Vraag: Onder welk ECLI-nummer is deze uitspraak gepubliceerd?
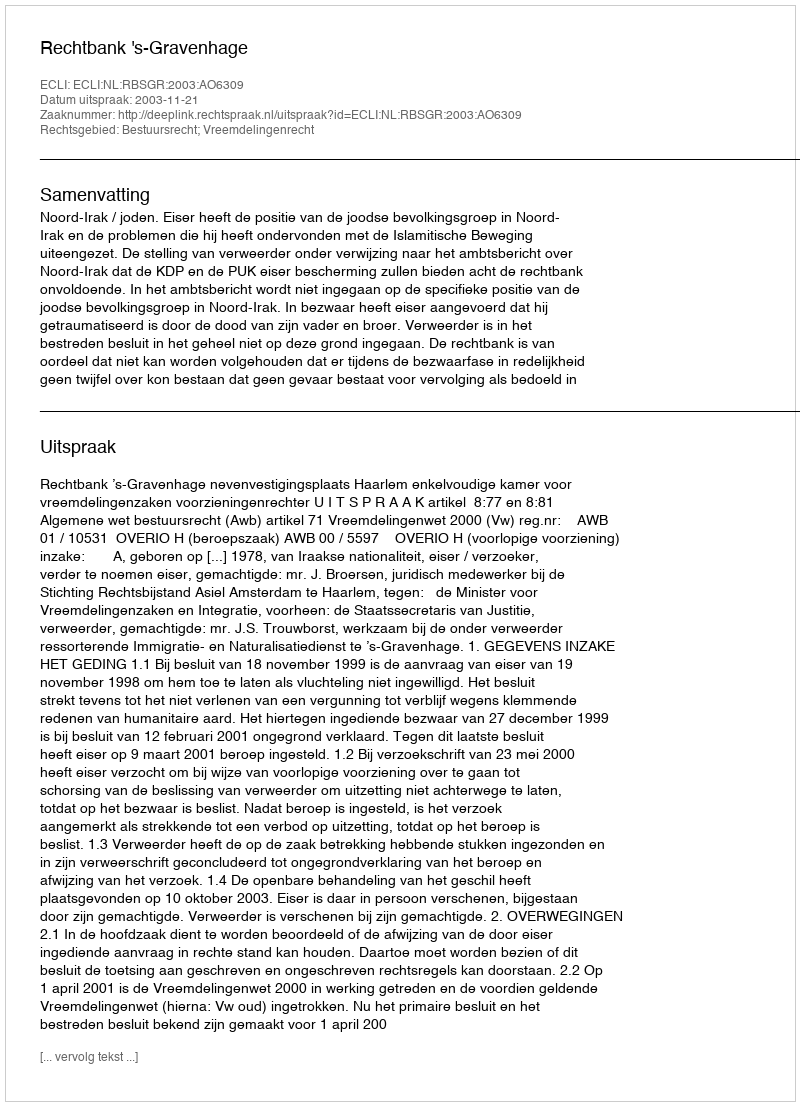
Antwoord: ECLI:NL:RBSGR:2003:AO6309